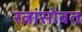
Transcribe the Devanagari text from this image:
रत्नांसोबत